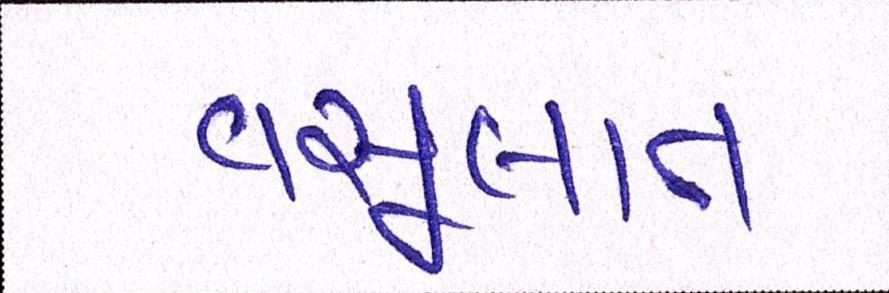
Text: વસૂલાત